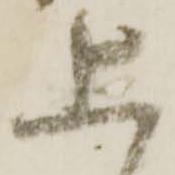
上